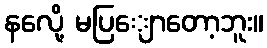
နလေို့ မပြျောတော့ဘူး။